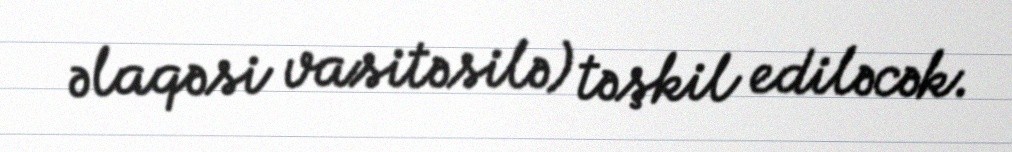
əlaqəsi vasitəsilə) təşkil ediləcək.